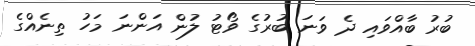
ބުރު ބާއްވައި ދެ ވަނަ ބުރުގެ ވޯޓު ލުން އަންނަ މަހު ތިނެއްގެ